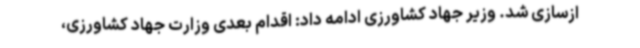
ازسازی شد. وزیر جهاد کشاورزی ادامه داد: اقدام بعدی وزارت جهاد کشاورزی،